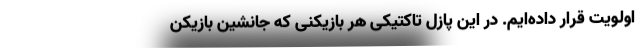
اولویت قرار داده‌ایم. در این پازل تاکتیکی هر بازیکنی که جانشین بازیکن